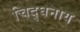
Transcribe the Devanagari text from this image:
चिद्घनाय